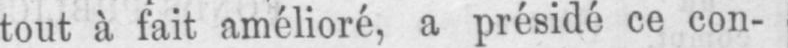
tout à fait amélioré, a présidé ce con-